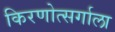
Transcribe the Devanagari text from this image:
किरणोत्सर्गाला